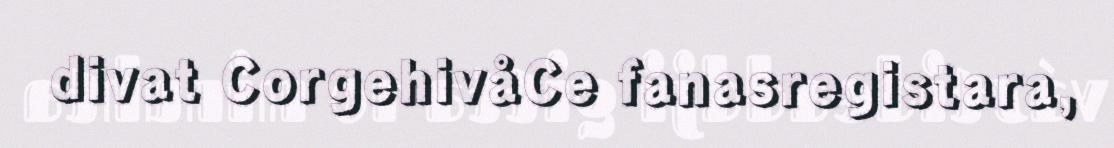
divat CorgehivåCe fanasregistara,